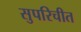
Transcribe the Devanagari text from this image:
सुपरिचीत